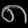
Digit: ၈